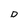
Character: D